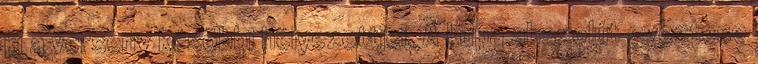
ki a verseny késõbbi helyezettjei. A kupa abszolút gyõztese